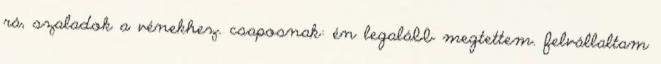
rá, szaladok a vénekhez. csaposnak: én legalább megtettem. felvállaltam